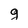
Character: g